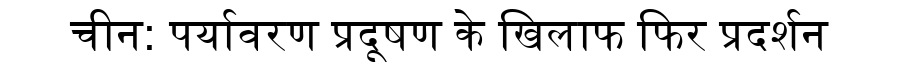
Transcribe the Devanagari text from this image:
चीन: पर्यावरण प्रदूषण के खिलाफ फिर प्रदर्शन